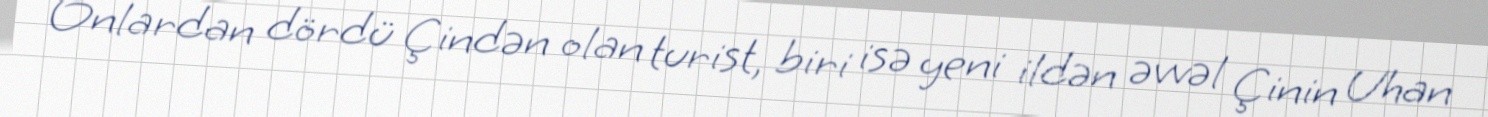
Onlardan dördü Çindən olan turist, biri isə yeni ildən əvvəl Çinin Uhan